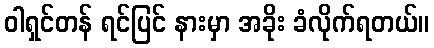
ဝါရှင်တန် ရင်ပြင် နားမှာ အခိုး ခံလိုက်ရတယ်။